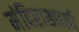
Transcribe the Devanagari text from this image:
मंदिराखाली